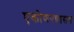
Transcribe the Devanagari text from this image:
एकोणपन्नासवा